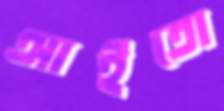
আইতো